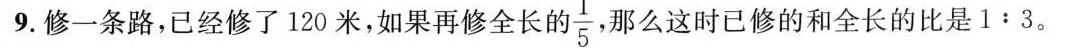
9.修一条路，已经修了120米，如果再修全长\frac{1}{5}，那么这时已修的和全长的比是1﹔3。